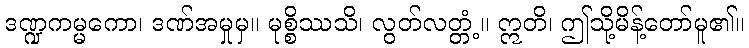
ဒဏ္ဍကမ္မကော၊ ဒဏ်အမှုမှ။ မုစ္စိဿသိ၊ လွတ်လတ္တံ့။ ဣတိ၊ ဤသို့မိန့်တော်မူ၏။